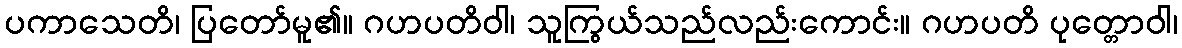
ပကာသေတိ၊ ပြတော်မူ၏။ ဂဟပတိဝါ၊ သူကြွယ်သည်လည်းကောင်း။ ဂဟပတိ ပုတ္တောဝါ၊